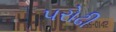
પરોઢી